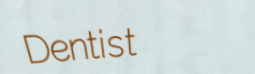
Dentist